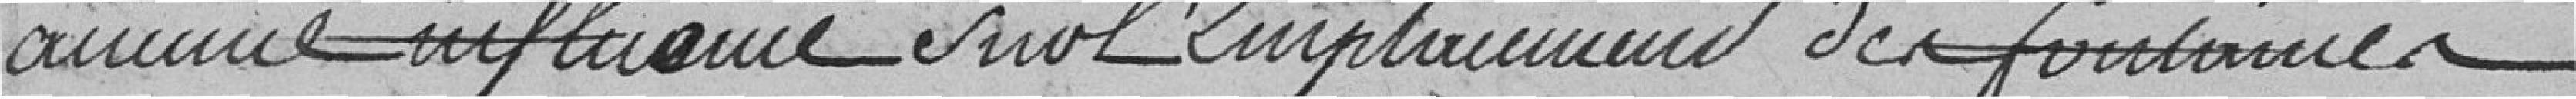
aucune influence sur l'emplacement des fontaines